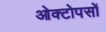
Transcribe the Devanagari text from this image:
ओक्टोपसों